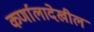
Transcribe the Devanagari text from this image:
कर्णालादेखील